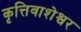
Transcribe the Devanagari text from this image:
कृत्तिवाशेश्वर